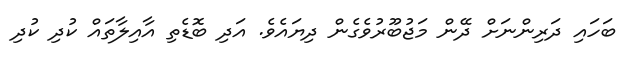
ބަހައި ދަރިންނަށް ދޭން މަޖުބޫރުވެގެން ދިޔައެވެ. އަދި ބޮޑެތި އާއިލާތައް ކުދި ކުދި